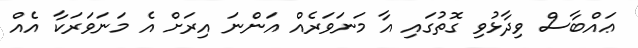
ޢައްބާސް ވިދާޅުވި ގޮތުގައި އާ މަނަވަރެއް އަންނަ އިރަށް އެ މަނަވަރަކާ އެއް